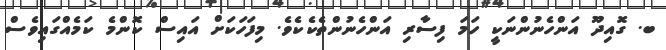
ބ. ގޮއިދޫ އަންހެނުންނަކީ ހަމަ ފިސާރި އަންހެނުންތެކެކެވެ. މިފަހަކަށް އައިސް ކޮންމެ ކަމެއްގައިވެސް